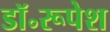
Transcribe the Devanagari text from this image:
डॉ॰रूपेश